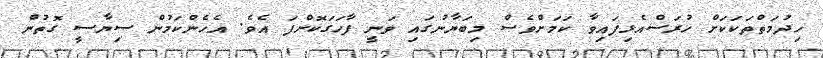
ހިދުމަތްތަކަކަށް ހުރަސްއެޅިފައިވާ ކަމަށްވެސް މިބަޔާނުގައި ވަނީ ފާހަގަކޮށްފަ އެވެ. އެހެންކަމުން ސިޔާސީ ގޮތުން